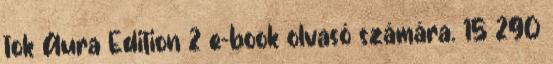
tok Aura Edition 2 e-book olvasó számára. 15 290